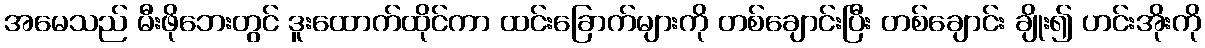
အမေသည် မီးဖိုဘေးတွင် ဒူးထောက်ထိုင်ကာ ထင်းခြောက်များကို တစ်ချောင်းပြီး တစ်ချောင်း ချိုး၍ ဟင်းအိုးကို